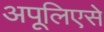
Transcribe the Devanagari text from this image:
अपूलिएसे